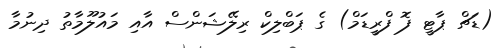
(ޑަޗް ޕާޓީ ފޮ ފްރީޑަމް) ގެ ޕަބްލިކް ރިލޭޝަންސް އާއި މައުލޫމާތު ދިނުމާ